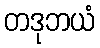
တဒုဘယံ